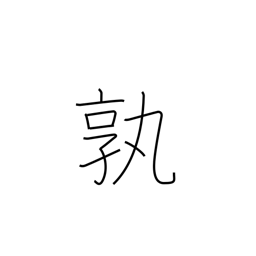
Meaning: how